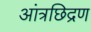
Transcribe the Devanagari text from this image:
आंत्रछिद्रण